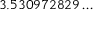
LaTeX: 3 . 5 3 0 9 7 2 8 2 9 \ldots